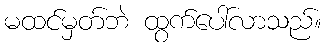
မထင်မှတ်ဘဲ ထွက်ပေါ်လာသည်။